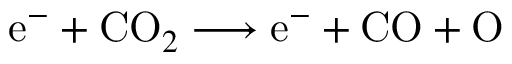
\mathrm { e } ^ { - } + \mathrm { C O } _ { 2 } \longrightarrow \mathrm { e } ^ { - } + \mathrm { C O } + \mathrm { O }